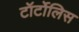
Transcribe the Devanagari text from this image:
टॉर्टोलिस